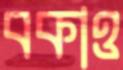
বকাও